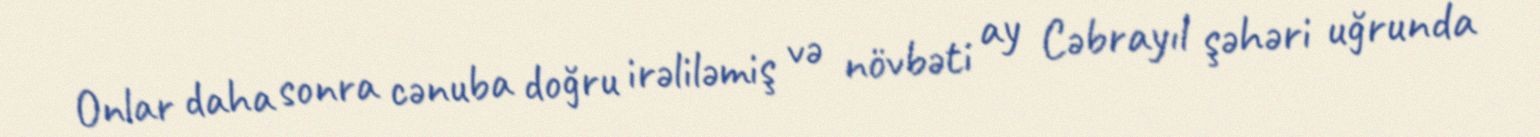
Onlar daha sonra cənuba doğru irəliləmiş və növbəti ay Cəbrayıl şəhəri uğrunda